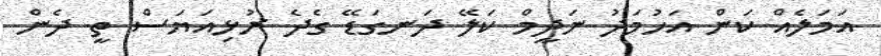
އަމަލެއް ކަން އަހުމަދު ނަދީމް ކަލޭ ދަނގަޑޭ ގެދެ ރުޅިއަޔަސް ތީ ދެން